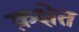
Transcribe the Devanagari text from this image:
क़क्षेत